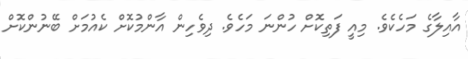
އާއިލާގެ މަހެކެވެ. މިއީ ފަތިކޮށް ހުންނަ މަހެވެ. ދިވެހިން އާންމުކޮށް ކެއުމަށް ބޭނުންކޮށް